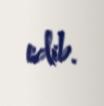
edib.